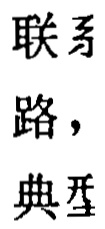
联系，典当